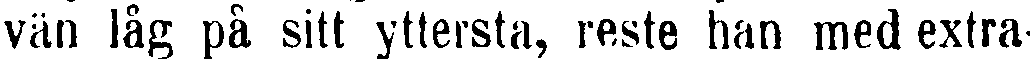
vän låg på sitt yttersta, reste han med extra-